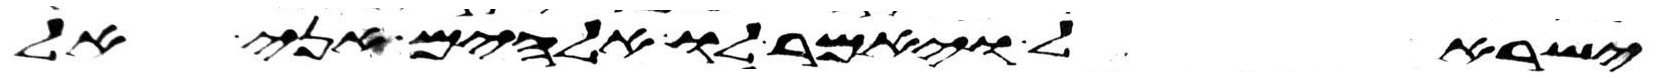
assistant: ישראל ויאמר לו אלהים אני אל